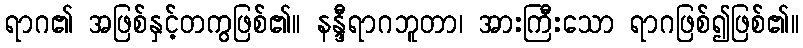
ရာဂ၏ အဖြစ်နှင့်တကွဖြစ်၏။ နန္ဒီရာဂဘူတာ၊ အားကြီးသော ရာဂဖြစ်၍ဖြစ်၏။